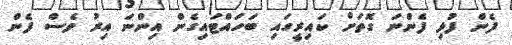
ފެން ފުޅި ފެންނަ ގޮތަށް ކައިރީގައި ބަހައްޓައިގެން އިންނަ އިރު ވެސް ފެން